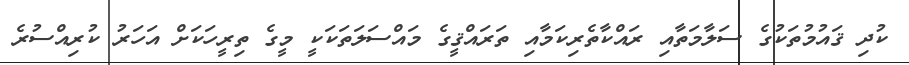
ކުދި ޤައުމުތަކުގެ ސަލާމަތާއި ރައްކާތެރިކަމާއި ތަރައްޤީގެ މައްސަލަތަކަކީ މީގެ ތިރީހަކަށް އަހަރު ކުރިއްސުރެ